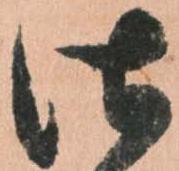
仕